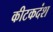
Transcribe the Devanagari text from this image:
कीटकदंश